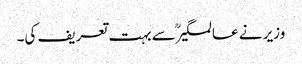
وزیر نے عالمگیرؒ سے بہت تعریف کی۔